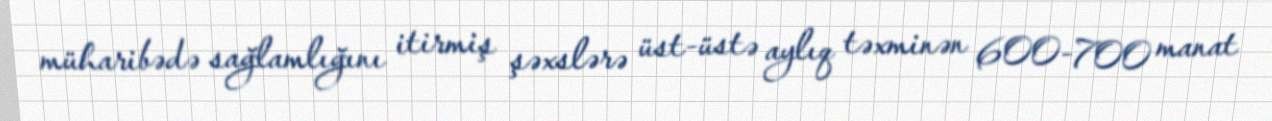
müharibədə sağlamlığını itirmiş şəxslərə üst-üstə aylıq təxminən 600-700 manat